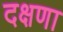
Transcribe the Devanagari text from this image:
दक्षणा